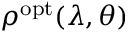
\rho ^ { \mathrm { { o p t } } } ( \lambda , \theta )